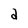
Character: d